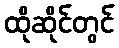
ထိုဆိုင်တွင်